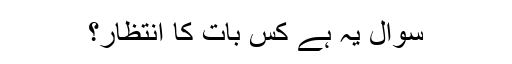
سوال یہ ہے کس بات کا انتظار؟